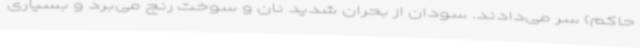
حاکم) سر می‌دادند. سودان از بحران شدید نان و سوخت رنج می‌برد و بسیاری